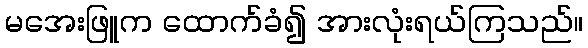
မအေးဖြူက ထောက်ခံ၍ အားလုံးရယ်ကြသည်။